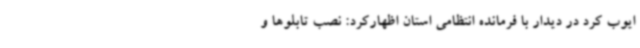
ایوب کرد در دیدار با فرمانده انتظامی استان اظهارکرد: نصب تابلوها و